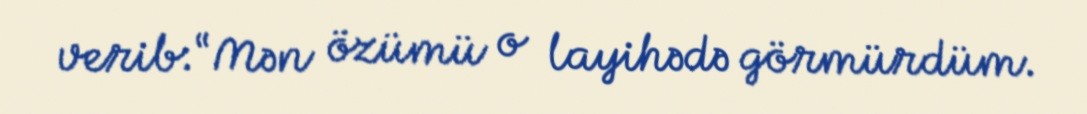
verib:“Mən özümü o layihədə görmürdüm.